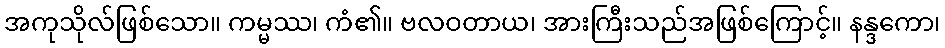
အကုသိုလ်ဖြစ်သော။ ကမ္မဿ၊ ကံ၏။ ဗလဝတာယ၊ အားကြီးသည်အဖြစ်ကြောင့်။ နန္ဒကော၊